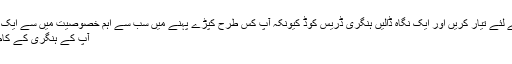
پھر خود کو نوکری کے انٹرویو کے لئے تیار کریں اور ایک نگاہ ڈالیں ہنگری ڈریس کوڈ کیونکہ آپ کس طرح کپڑے پہنے میں سب سے اہم خصوصیت میں سے ایک ہے کی خدمات حاصل کی جا رہی.
آپ کے ہنگری کے کام کی اجازت کے ساتھ خوش قسمت!